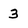
Character: 3